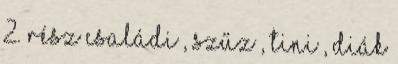
2. rész családi , szűz , tini , diák